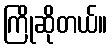
ကြိုဆိုတယ်။